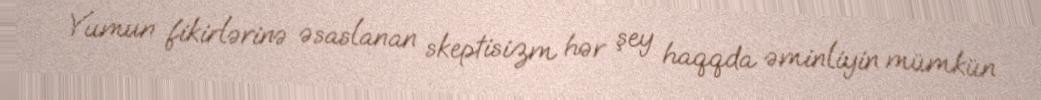
Yumun fikirlərinə əsaslanan skeptisizm hər şey haqqda əminliyin mümkün